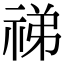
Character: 祶